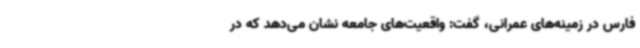
فارس در زمینه‌های عمرانی، گفت: واقعیت‌های جامعه نشان می‌دهد که در